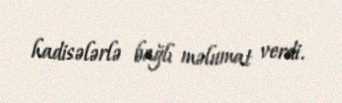
hadisələrlə bağlı məlumat verdi.